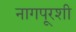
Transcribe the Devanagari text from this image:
नागपूरशी